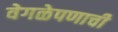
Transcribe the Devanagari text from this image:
वेगळेपणाची